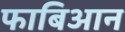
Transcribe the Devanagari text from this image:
फाबिआन